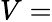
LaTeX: V=